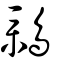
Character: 鸈